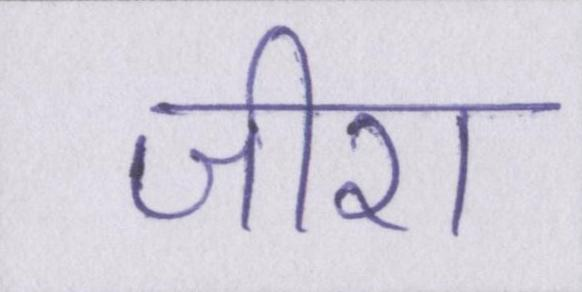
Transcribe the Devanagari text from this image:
जीरा